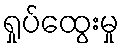
ရှုပ်ထွေးမှု